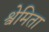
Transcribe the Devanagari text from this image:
श्वेमिता